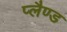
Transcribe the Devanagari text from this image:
प्लैण्ड